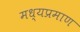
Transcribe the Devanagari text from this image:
मध्यप्रमाण